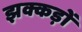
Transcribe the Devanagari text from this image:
झक्कड़ों